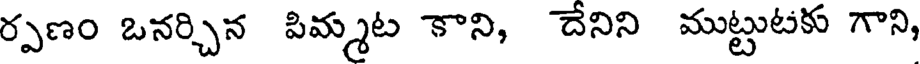
ర్పణం ఒనర్చిన పిమ్మట కాని, దేనిని ముట్టుటకు గాని,